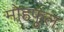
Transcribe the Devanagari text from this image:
मोहफूल